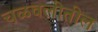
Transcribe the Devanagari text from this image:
चळवलीतील